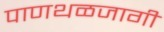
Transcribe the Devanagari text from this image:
पाणथळजागी